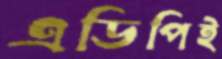
এডিপিই